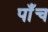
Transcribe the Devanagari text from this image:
पाँंच